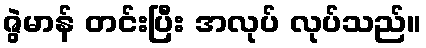
ဇွဲမာန် တင်းပြီး အလုပ် လုပ်သည်။